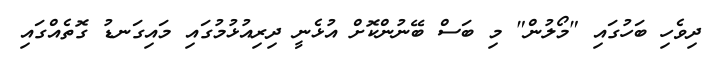
ދިވެހި ބަހުގައި "މޯލުން" މި ބަސް ބޭނުންކޮށް އުޅެނީ ދިރިއުޅުމުގައި މައިގަނޑު ގޮތެއްގައި